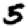
Digit: 5